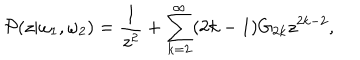
{ \cal P } ( z | \omega _ { 1 } , \omega _ { 2 } ) = \frac { 1 } { z ^ { 2 } } + \sum _ { k = 2 } ^ { \infty } ( 2 k - 1 ) G _ { 2 k } z ^ { 2 k - 2 } ,